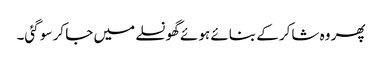
پھر وہ شاکر کے بنائے ہوئے گھونسلے میں جا کر سو گئی۔